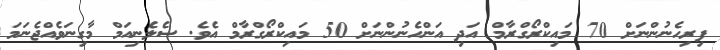
ފިރިހެނުންނަށް 70 މައިކްރޯގްރާމް އަދި އަންހެނުންނަށް 50 މައިކްރޯގްރާމް އެވެ. ސެލެނިއަމް މާގިނަވެއްޖެނަމަ